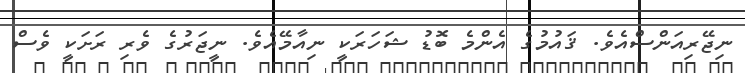
ނިޖޭރިއަންސްއެވެ. ޤައުމުގެ އެންމެ ބޮޑު ޝަހަރަކީ ނިއާމޭއެވެ. ނީޖަރުގެ ވެރި ރަށަކީ ވެސް